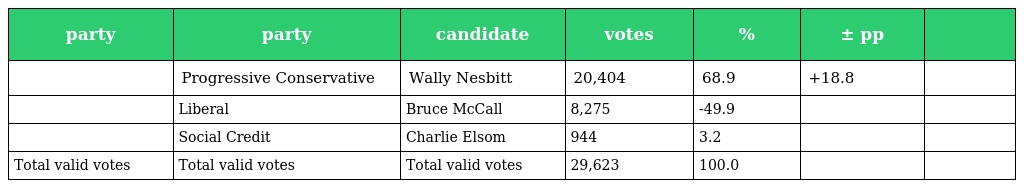
| party | party | candidate | votes | % | ± pp |  |
 | --- | --- | --- | --- | --- | --- | --- |
 |  | Progressive Conservative | Wally Nesbitt | 20,404 | 68.9 | +18.8 |  |
 |  | Liberal | Bruce McCall | 8,275 | -49.9 |  |  |
 |  | Social Credit | Charlie Elsom | 944 | 3.2 |  |  |
 | Total valid votes | Total valid votes | Total valid votes | 29,623 | 100.0 |  |  |